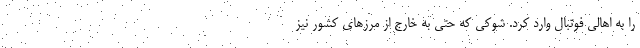
را به اهالی فوتبال وارد کرد. شوکی که حتی به خارج از مرزهای کشور نیز